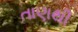
તાણથી